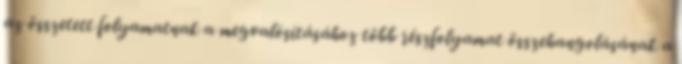
az összetett folyamatnak a megvalósításához több részfolyamat összehangolásának a